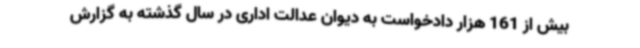
بیش از 161 هزار دادخواست به دیوان عدالت اداری در سال گذشته به گزارش